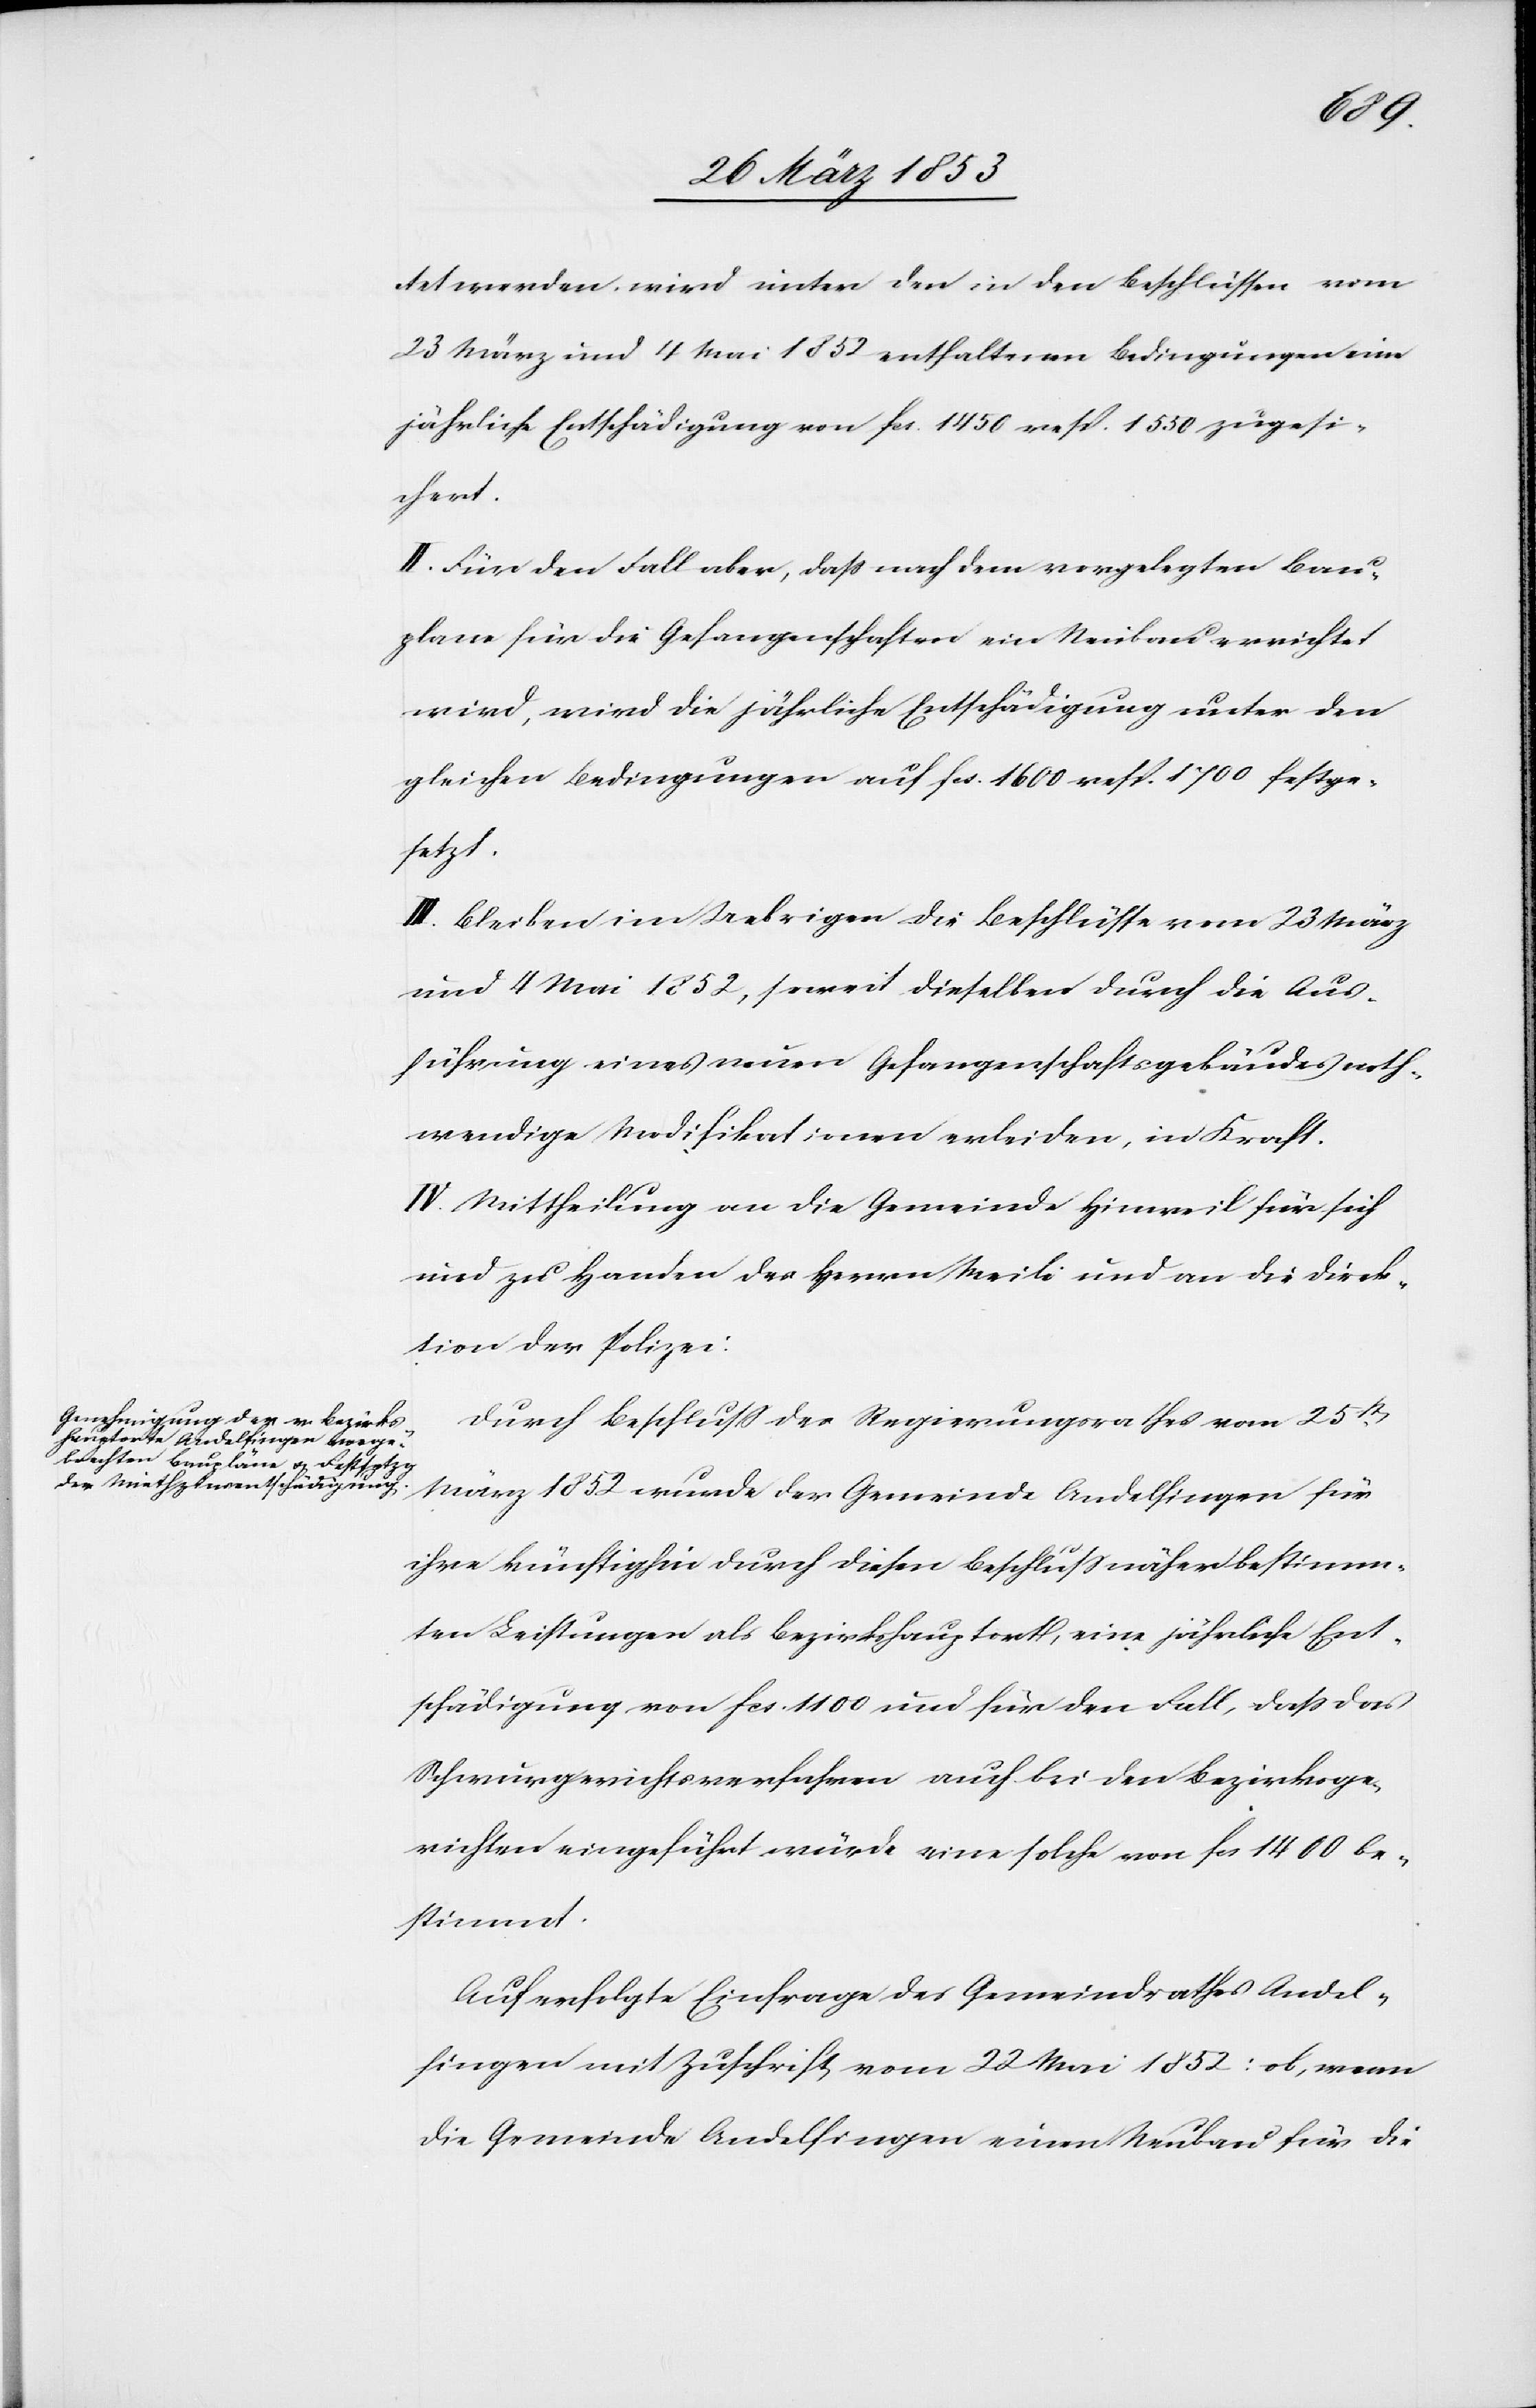
tet werden, wird unter den in den Beschlüssen vom
23 März und 4 Mai 1852 enthaltenen Bedingungen eine
jährliche Entschädigung von fcs. 1450 resp. 1550 zugesi¬
chert.
II. Für den Fall aber, daß nach dem vorgelegten Bau¬
plane für die Gefangenschaften ein Neubau errichtet
wird, wird die jährliche Entschädigung unter den
gleichen Bedingungen auf fcs. 1600 resp. 1700 festge¬
setzt.
III. Bleiben im Uebrigen die Beschlüsse vom 23 März
und 4 Mai 1852, soweit dieselben durch die Aus¬
führung eines neuen Gefangenschaftsgebäudes noth¬
wendige Modifikationen erleiden, in Kraft.
IV. Mittheilung an die Gemeinde Hinweil für sich
und zu Handen des Herrn Meili und an die Direk¬
tion der Polizei.
Durch Beschluß des Regierungsrathes vom 25t.
März 1852 wurde der Gemeinde Andelfingen für
ihre künftighin durch diesen Beschluß näher bestimm¬
ten Leistungen als Bezirkshauptort, eine jährliche Ent¬
schädigung von fcs. 1100 und für den Fall, daß das
Schwurgerichtsverfahren auch bei den Bezirksge¬
richten eingeführt würde eine solche von fcs. 1400 be¬
stimmt.
Auf erfolgte Einfrage des Gemeindrathes Andel¬
fingen mit Zuschrift vom 22 Mai 1852: ob, wenn
die Gemeinde Andelfingen einen Neubau für die